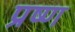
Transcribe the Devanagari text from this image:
प्रष्ण